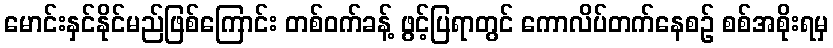
မောင်းနှင်နိုင်မည်ဖြစ်ကြောင်း တစ်ဝက်ခန့် ဖွင့်ပြရာတွင် ကောလိပ်တက်နေစဉ် စစ်အစိုးရမှ